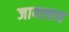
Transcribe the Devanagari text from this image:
जायलाच